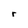
Character: r